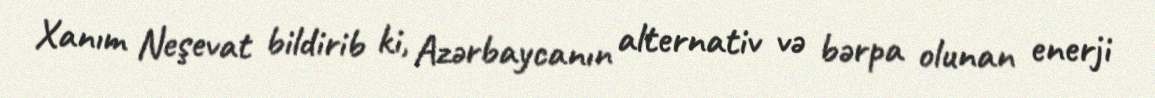
Xanım Neşevat bildirib ki, Azərbaycanın alternativ və bərpa olunan enerji